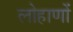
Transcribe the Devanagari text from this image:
लोहाणों